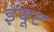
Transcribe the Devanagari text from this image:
इंयूट